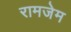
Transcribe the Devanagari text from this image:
रामजेम